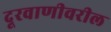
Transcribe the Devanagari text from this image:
दूरवाणीवरील